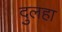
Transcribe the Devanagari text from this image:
दुलहा